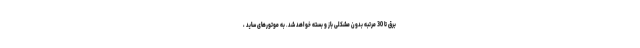
برق تا 30 مرتبه بدون مشکلی باز و بسته خواهد شد. به موتورهای ساید ،